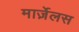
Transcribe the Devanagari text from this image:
मार्ज़ेलस